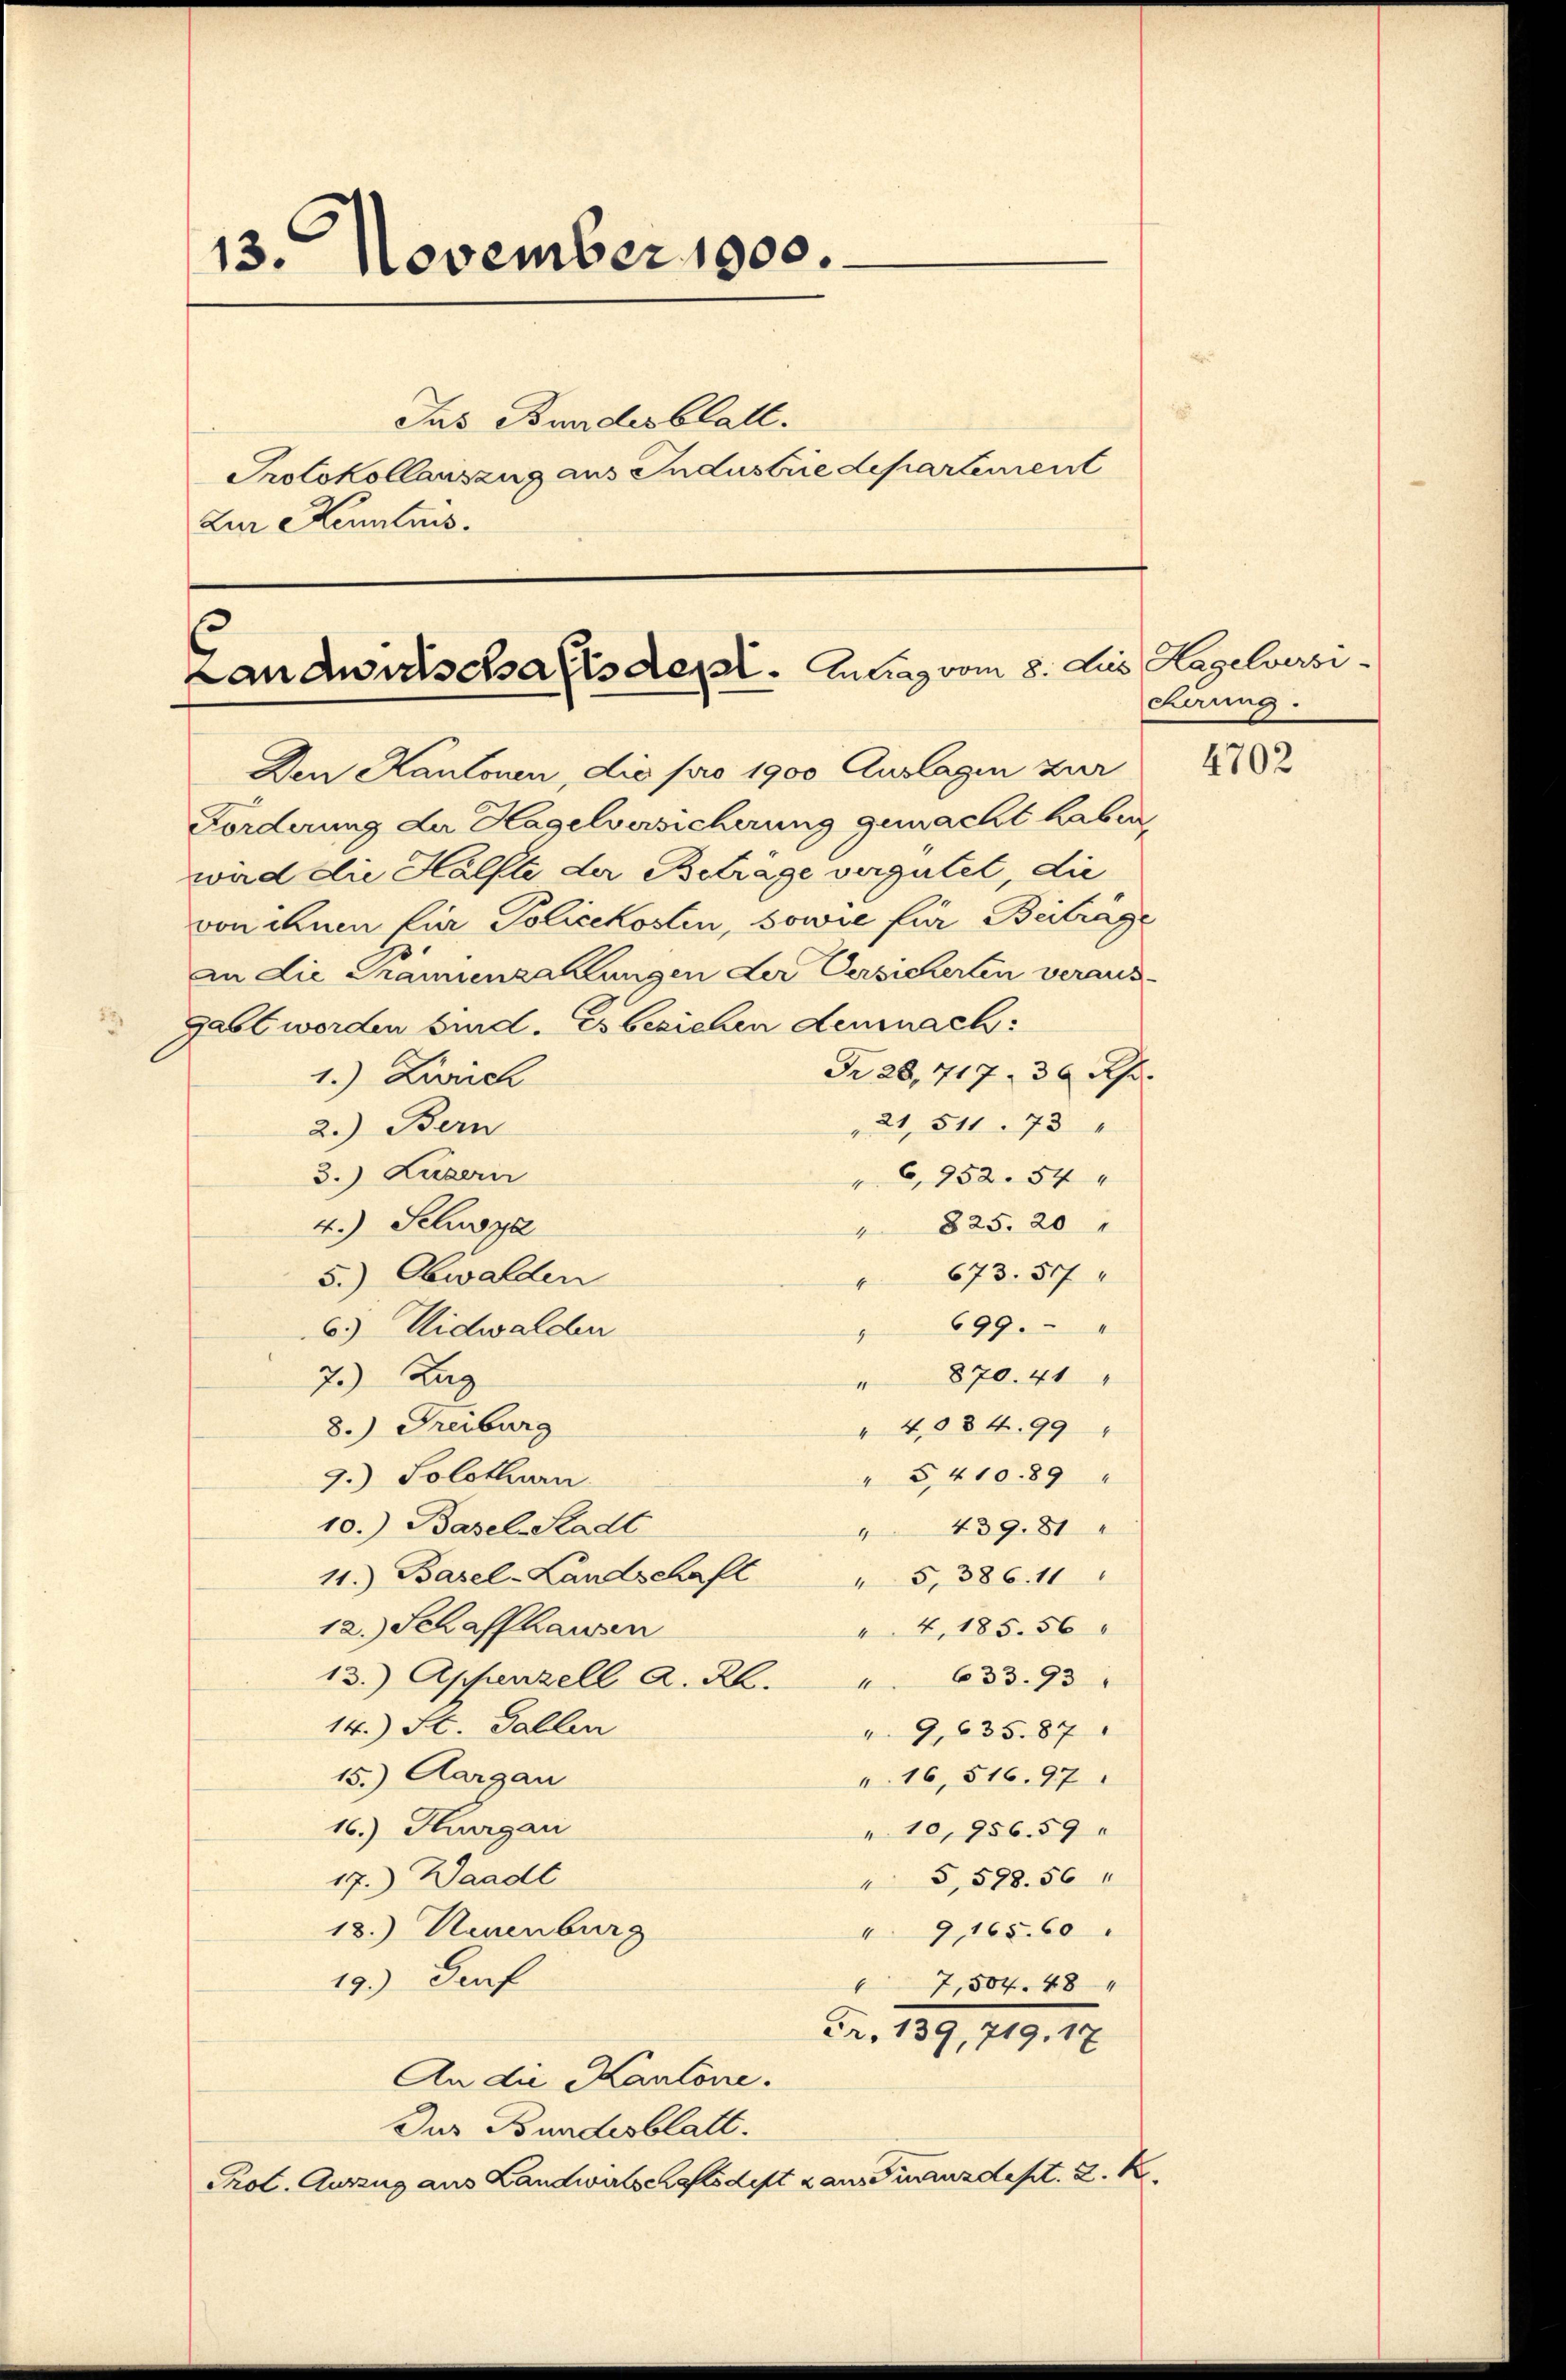
13. November 1900.
Jas Bundesblatt.
Protokollauszug aus Industrie departement
Zur Kenntnis.

Landwirtschaftsdest. Antrag vom 8. Jus Hagelversi

Den Kantonen, die pro 1900 Auslagen zur
Forderung der Hagelversicherung gemacht haben,
wad die Hälfte der Betrage vergütet, die
von ihnen für Policekosten, sowie für Beiträge
in die Prämienzahlungen der Versicherten veraus¬
Gabl worden sind. Es besichen demnach:
Fr. 28, 717. 36 Rp.
1.) Zürich
21, 511. 73 "
2.) Bern
3.) Luzern
C,852. 54
4.) Schwyz
" 825. 20 "
 673. 57
5.) Obwalden
 699 "
6.) Nidwalden
870. 41
7.) Lag
e
8.) Freiburg
" 4084. 99 "
" 5,41089 "
2.) Solothurn
10.) Basel-Stadt
 439. 81
11.) Basel-Landschaft
" 5, 386. 11
12.) Schaffhausen
 4, 185. 56
13.) Appenzell A. R. " 633. 93
14.) St. Gallen
" 9,635. 87
15.) Aargau
" 16, 516. 97
16.) Hungari
" 10,956. 59
17.) Waadt
 5,598. 56
18.) Neuenburg
" 9, 165. 60
19) Dorf
7,507. 48
Fr. 139, 719. 17
An die Kantone.
Dus Bundesblatt.
Prot. Auszug aus Landwirtschaftsdest dans Finanzdept. 2. K

Kirung.

4702